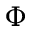
\Phi